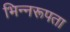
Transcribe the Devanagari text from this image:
भिन्नरूपता